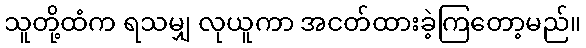
သူတို့ထံက ရသမျှ လုယူကာ အငတ်ထားခဲ့ကြတော့မည်။